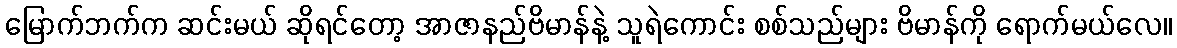
မြောက်ဘက်က ဆင်းမယ် ဆိုရင်တော့ အာဇာနည်ဗိမာန်နဲ့ သူရဲကောင်း စစ်သည်များ ဗိမာန်ကို ရောက်မယ်လေ။